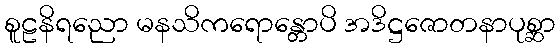
စူဠနိရညော မနသိကရောန္တောပိ အဒိဋ္ဌဇောတနာပုစ္ဆာ